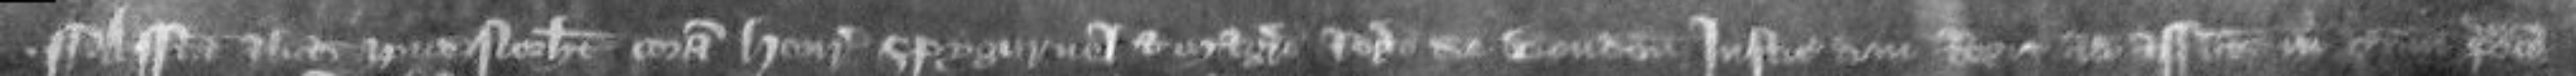
¶Assisa alias apud Norht coram Henrico Spygurnel et Magistro Rogero de Boudon justiciariis domini regis ad assisas in comitatu predicto